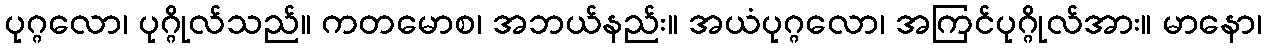
ပုဂ္ဂလော၊ ပုဂ္ဂိုလ်သည်။ ကတမောစ၊ အဘယ်နည်း။ အယံပုဂ္ဂလော၊ အကြင်ပုဂ္ဂိုလ်အား။ မာနော၊